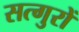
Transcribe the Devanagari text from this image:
सत्गुरों